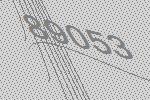
89053